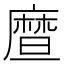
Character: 𪪤